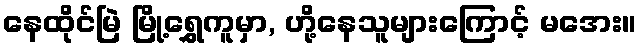
နေထိုင်မြဲ မြို့ရွှေကူမှာ, ဟို့နေသူများကြောင့် မအေး။